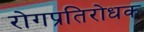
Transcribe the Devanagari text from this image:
रोगप्रतिरोधक